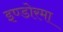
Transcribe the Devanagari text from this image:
इण्डोरमा